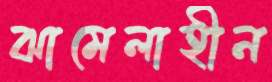
ঝামেলাহীন